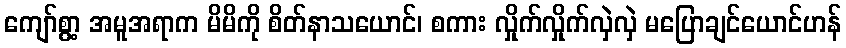
ကျော်စွာ့ အမူအရာက မိမိကို စိတ်နာသယောင်၊ စကား လှိုက်လှိုက်လှဲလှဲ မပြောချင်ယောင်ဟန်